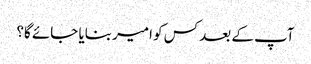
آپ کے بعد کس کو امیر بنایا جائے گا؟